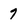
Character: 7